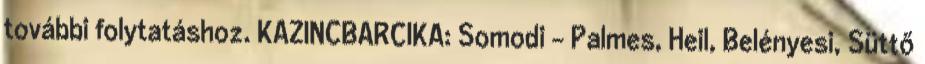
további folytatáshoz. KAZINCBARCIKA: Somodi – Palmes, Heil, Belényesi, Süttő